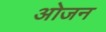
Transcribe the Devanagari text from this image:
ओजन